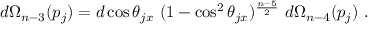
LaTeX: d \Omega _ { n - 3 } ( p _ { j } ) = d \cos \theta _ { j x } \ ( 1 - \cos ^ { 2 } \theta _ { j x } ) ^ { \frac { n - 5 } { 2 } } \ d \Omega _ { n - 4 } ( p _ { j } ) \ .